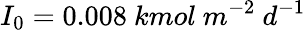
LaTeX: I_{0}=0.008\ kmol\ m^{-2}\ d^{-1}